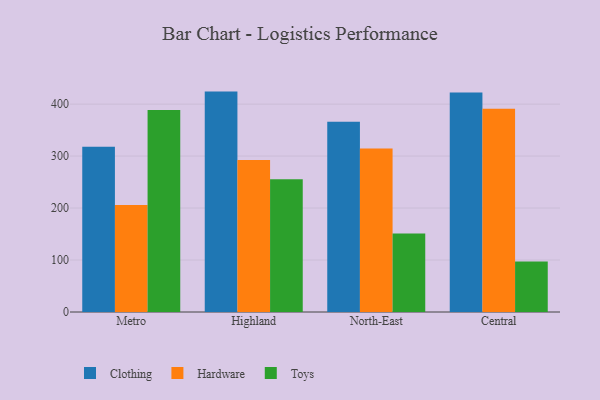
{"axis": {"x": "Region", "y": "Energy Usage (MWh)"}, "legend": ["Clothing", "Hardware", "Toys"], "data": [{"x": "Metro", "y": 318.2, "type": "Clothing"}, {"x": "Metro", "y": 205.9, "type": "Hardware"}, {"x": "Metro", "y": 388.8, "type": "Toys"}, {"x": "Highland", "y": 424.1, "type": "Clothing"}, {"x": "Highland", "y": 292.7, "type": "Hardware"}, {"x": "Highland", "y": 255.3, "type": "Toys"}, {"x": "North-East", "y": 365.9, "type": "Clothing"}, {"x": "North-East", "y": 314.7, "type": "Hardware"}, {"x": "North-East", "y": 151.2, "type": "Toys"}, {"x": "Central", "y": 422.2, "type": "Clothing"}, {"x": "Central", "y": 391.0, "type": "Hardware"}, {"x": "Central", "y": 97.2, "type": "Toys"}]}